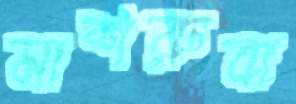
মাশরুবা